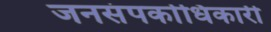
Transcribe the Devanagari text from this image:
जनसंपर्काधिकारी